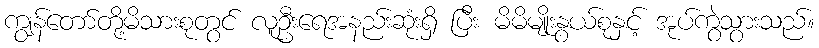
ကျွန်တော်တို့မိသားစုတွင် လူဦးရေအနည်းဆုံးရှိ ပြီး မိမိမျိုးနွယ်စုနှင့် အုပ်ကွဲသွားသည်။